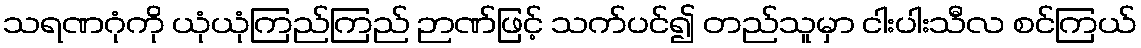
သရဏဂုံကို ယုံယုံကြည်ကြည် ဉာဏ်ဖြင့် သက်ပင်၍ တည်သူမှာ ငါးပါးသီလ စင်ကြယ်